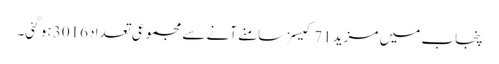
پنجاب میں مزید 71 کیسزسامنے آنے سے مجموعی تعداد 3016 ہو گئی۔